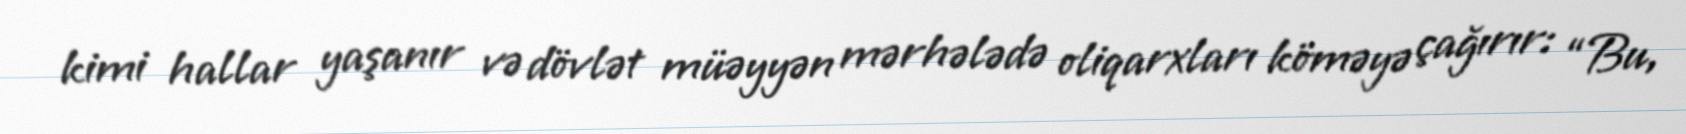
kimi hallar yaşanır və dövlət müəyyən mərhələdə oliqarxları köməyə çağırır: “Bu,